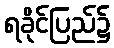
ရခိုင်ပြည်၌